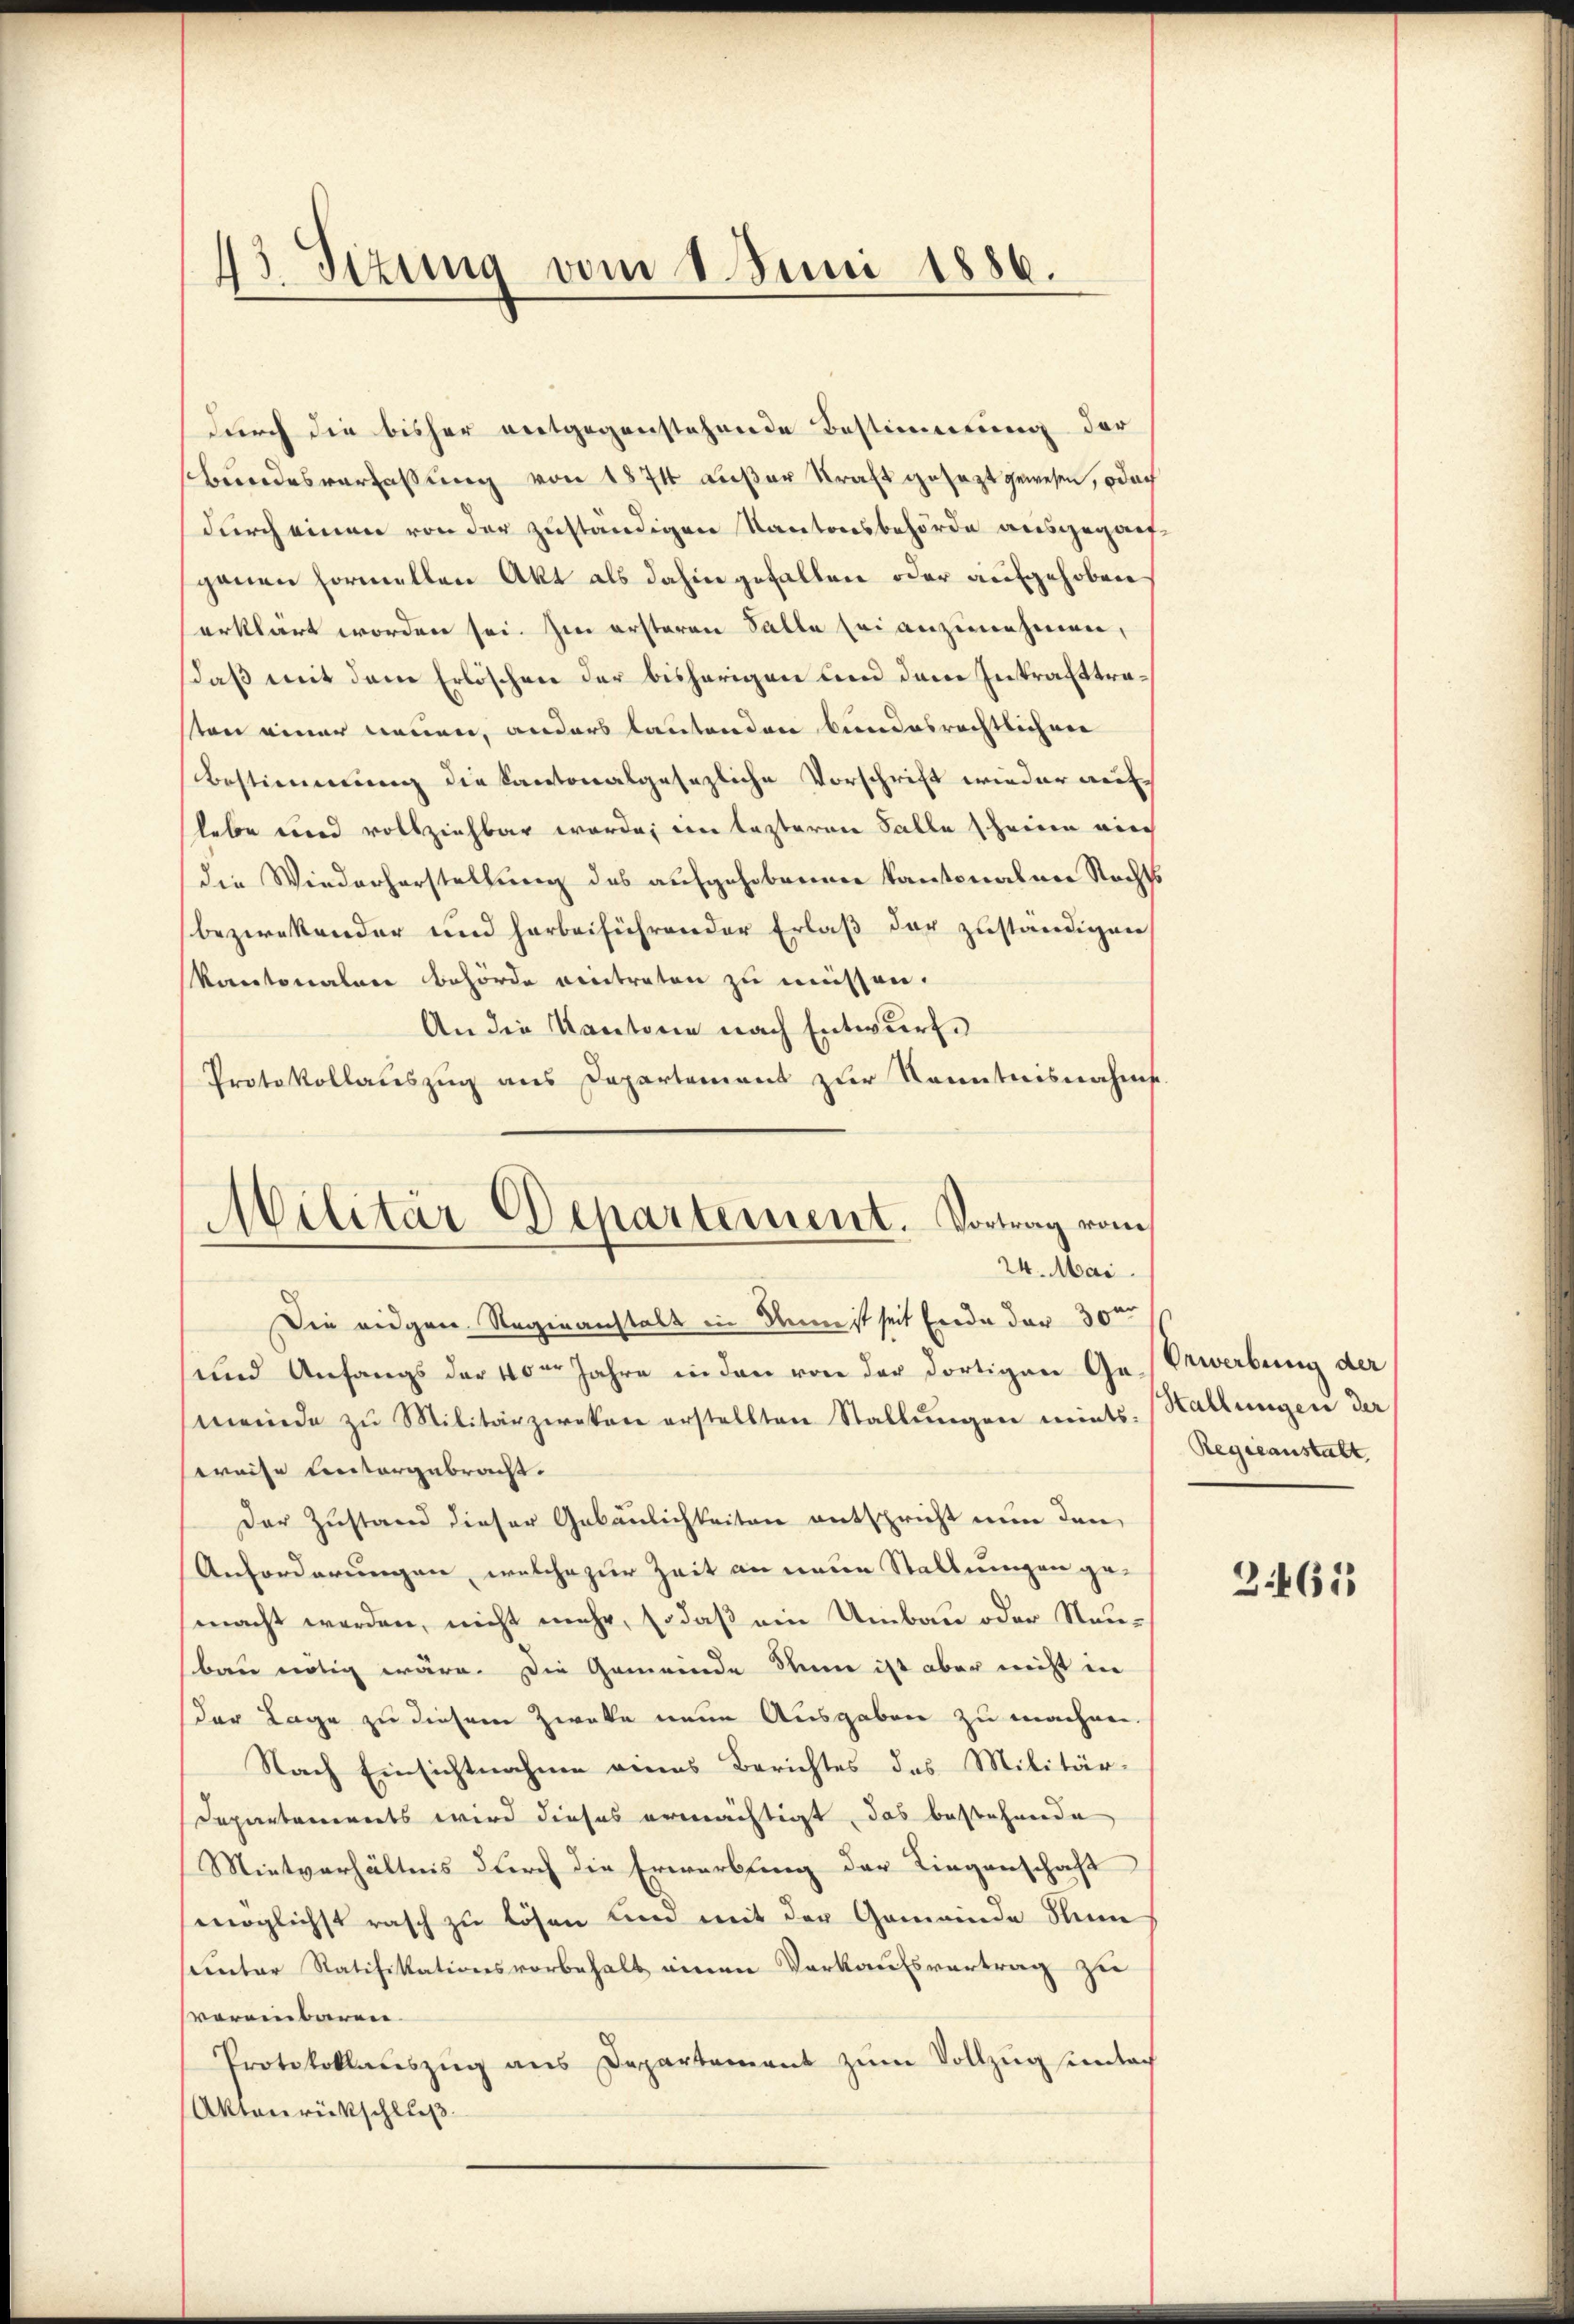
43. Sizung vom 8. Juni 1886.

durch die bisher entgegenstehende Bestimmung der
bundesverfassung von 1874 außer Kraft gesezt gewesen, odoch
durch einen von der zuständigen Kantonsbehörde ausgeganfgenen Formellen Akt als dahin gefallen oder aufgehoben
erklärt worden sei. Im ersteren Salle sei anzunehmen,
daß mit dem Erlöschen der bisherigen und dem Inkrafttrasten einer neuen, anders lautenden bundesrechtlichen
Bestimmung die Kantonalgesezliche Vorschrift wieder auflebe und vollziehbar werde, im lezteren Falle scheine auch
die Wiederherstellung des aufgehobenen Kantonalmer Nachst
bezweckender und herbeiführender Erlaß der zuständigen
Kantonalen Behörde eintreten zu müssen.
An die Kantone nach Entwurf.
Protokollauszug aus Departement zur Kenntnisnahms
Militär-Departement. Vortrag vom

24. Mai.
Die eidgen. Reginanstalt in denn ist seit Ende der 30

und Anfangs der 40er Jahre in den von der dortigen Ge-Erwerbung der
meinde zu Militärzweken erstellten Stallungen mits. Stattungen der
weise Untergebracht.
Der Zustand dieser Gebäulichkeiten entspricht nun den
Anforderungen, welche zur Zeit an neue Stellungen gemacht werden, nicht mehr, so daß ein Umbau oder Neubau nötig wäre. Die Gemeinde den ist aber nicht in
der Lage zu diesem Zweke neue Ausgaben zu machen.
Nach Einsichtnahme eines Berichtes des Militär-
Departements wird dieses ermächtigt, das bestehende
Mietverhältnis durch die Erwerbung der Liegenschaft
möglichst rasch zu lösen und mit der Gemeinde Num
semter Ratifikationsvorbehalt einen Vorkaufsvertrag zu
vereinbaren.
Protokollauszug aus Departement zum Vollzug sindach
Aktonrückschluß

Regieanstalt

34615